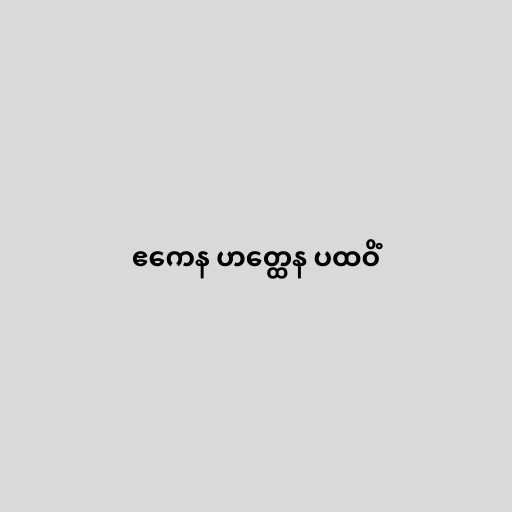
ဧကေန ဟတ္ထေန ပထဝိံ